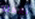
نعمله